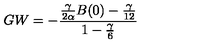
G W = - \frac { \frac { \gamma } { 2 \alpha } B ( 0 ) - { \frac { \gamma } { 1 2 } } } { 1 - { \frac { \gamma } { 6 } } }